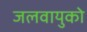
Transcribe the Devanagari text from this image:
जलवायुको